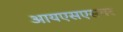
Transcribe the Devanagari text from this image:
आयएसएसवर